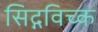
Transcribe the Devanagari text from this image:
सिद्गविच्क